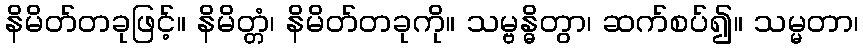
နိမိတ်တခုဖြင့်။ နိမိတ္တံ၊ နိမိတ်တခုကို။ သမ္ဗန္ဓိတွာ၊ ဆက်စပ်၍။ သမ္မတာ၊